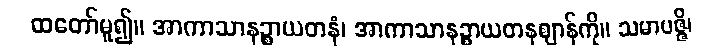
ထတော်မူ၍။ အာကာသာနဉ္စာယတနံ၊ အာကာသာနဉ္စာယတနဈာန်ကို။ သမာပဇ္ဇိ၊